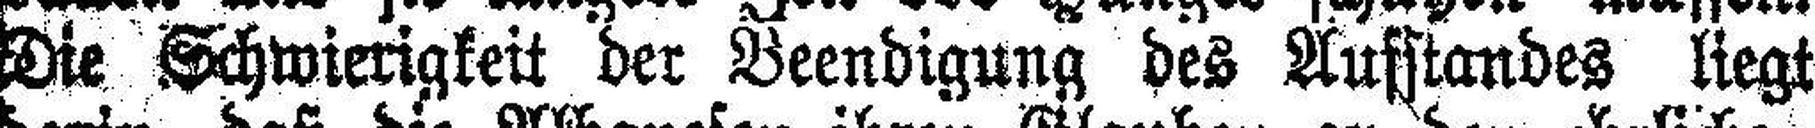
Die Schwierigkeit der Beendigung des Aufstandes liegt